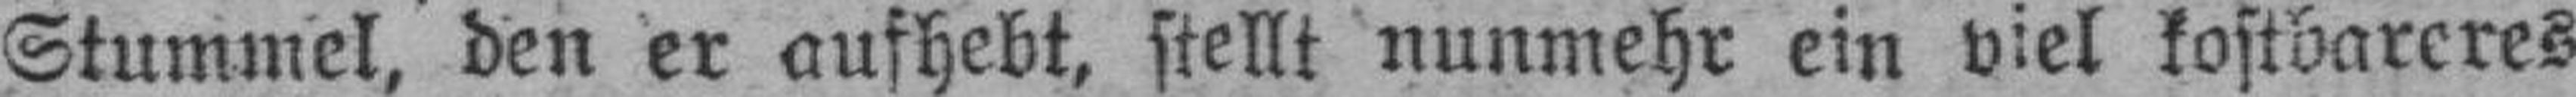
Stummel, den er aufhebt, stellt nunmehr ein viel kostbareres